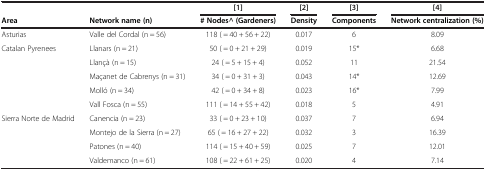
|  |  | [[1]] | [[2]] | [[3]] | [[4]] |
 | Area | Network name (n) | # Nodes^ (Gardeners) | Density | Components | Network centralization (%) |
 | --- | --- | --- | --- | --- | --- |
 | Asturias | Valle del Cordal (n = 56) | 118 ( = 40 + 56 + 22) | 0.017 | 6 | 8.09 |
 | <ROWSPAN=5> Catalan Pyrenees | Llanars (n = 21) | 50 ( = 0 + 21 + 29) | 0.019 | 15* | 6.68 |
 | Llançà (n = 15) | 24 ( = 5 + 15 + 4) | 0.052 | 11 | 21.54 |
 | Maçanet de Cabrenys (n = 31) | 34 ( = 0 + 31 + 3) | 0.043 | 14* | 12.69 |
 | Molló (n = 34) | 42 ( = 0 + 34 + 8) | 0.023 | 16* | 7.99 |
 | Vall Fosca (n = 55) | 111 ( = 14 + 55 + 42) | 0.018 | 5 | 4.91 |
 | <ROWSPAN=3> Sierra Norte de Madrid | Canencia (n = 23) | 33 ( = 0 + 23 + 10) | 0.037 | 7 | 6.94 |
 | Montejo de la Sierra (n = 27) | 65 ( = 16 + 27 + 22) | 0.032 | 3 | 16.39 |
 | Patones (n = 40) | 114 ( = 15 + 40 + 59) | 0.025 | 7 | 12.01 |
 |  | Valdemanco (n = 61) | 108 ( = 22 + 61 + 25) | 0.020 | 4 | 7.14 |